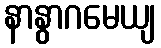
နာနွာဂမေယျ